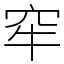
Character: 窂